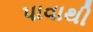
પાવાથી